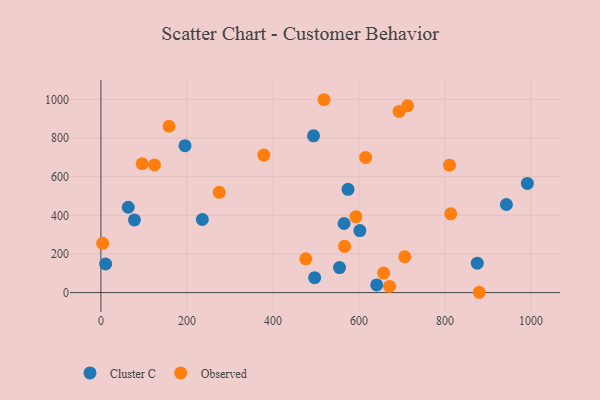
{"axis": {"x": "Engine Size", "y": "Sales"}, "legend": ["Cluster C", "Observed"], "data": [{"x": "63.6", "y": 441.6, "type": "Cluster C"}, {"x": "574.7", "y": 534.7, "type": "Cluster C"}, {"x": "565.6", "y": 357.5, "type": "Cluster C"}, {"x": "991.8", "y": 564.8, "type": "Cluster C"}, {"x": "78.0", "y": 376.2, "type": "Cluster C"}, {"x": "602.2", "y": 321.1, "type": "Cluster C"}, {"x": "235.9", "y": 378.4, "type": "Cluster C"}, {"x": "11.0", "y": 148.1, "type": "Cluster C"}, {"x": "497.1", "y": 77.1, "type": "Cluster C"}, {"x": "195.6", "y": 760.1, "type": "Cluster C"}, {"x": "875.3", "y": 152.4, "type": "Cluster C"}, {"x": "943.0", "y": 456.0, "type": "Cluster C"}, {"x": "494.5", "y": 811.1, "type": "Cluster C"}, {"x": "555.0", "y": 129.7, "type": "Cluster C"}, {"x": "641.4", "y": 39.9, "type": "Cluster C"}, {"x": "275.1", "y": 519.1, "type": "Observed"}, {"x": "566.6", "y": 239.6, "type": "Observed"}, {"x": "713.2", "y": 966.7, "type": "Observed"}, {"x": "124.6", "y": 660.7, "type": "Observed"}, {"x": "615.7", "y": 699.5, "type": "Observed"}, {"x": "4.0", "y": 255.1, "type": "Observed"}, {"x": "657.3", "y": 100.8, "type": "Observed"}, {"x": "593.0", "y": 392.4, "type": "Observed"}, {"x": "378.9", "y": 711.9, "type": "Observed"}, {"x": "671.2", "y": 32.1, "type": "Observed"}, {"x": "879.9", "y": 1.7, "type": "Observed"}, {"x": "158.4", "y": 860.9, "type": "Observed"}, {"x": "813.6", "y": 407.8, "type": "Observed"}, {"x": "476.5", "y": 174.9, "type": "Observed"}, {"x": "518.9", "y": 998.1, "type": "Observed"}, {"x": "693.5", "y": 937.6, "type": "Observed"}, {"x": "810.7", "y": 659.6, "type": "Observed"}, {"x": "706.6", "y": 185.6, "type": "Observed"}, {"x": "95.9", "y": 666.7, "type": "Observed"}]}